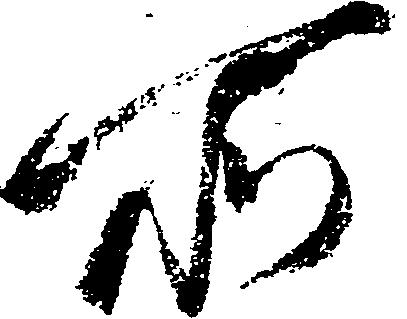
所